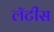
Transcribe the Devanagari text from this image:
लॅटीस